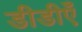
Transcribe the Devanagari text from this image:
डीडीएँ